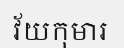
វ័យកុមារ